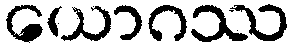
ယောဂဿ